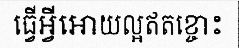
ធ្វើអ្វីអោយល្អឥតខ្ចោះ